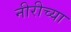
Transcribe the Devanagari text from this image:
नीरीच्या